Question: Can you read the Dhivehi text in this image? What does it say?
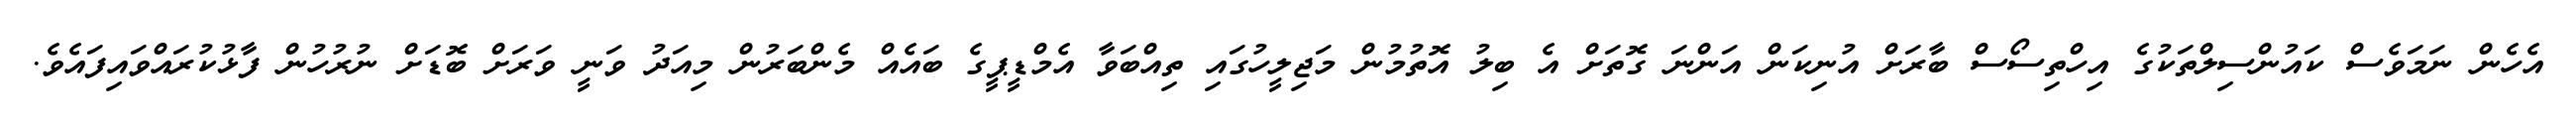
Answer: އެހެން ނަމަވެސް ކައުންސިލްތަކުގެ އިހްތިސޯސް ބާރަށް އުނިކަން އަންނަ ގޮތަށް އެ ބިލު އޮތުމުން މަޖިލީހުގައި ތިއްބަވާ އެމްޑީޕީގެ ބައެއް މެންބަރުން މިއަދު ވަނީ ވަރަށް ބޮޑަށް ނުރުހުން ފާޅުކުރައްވައިފައެވެ.